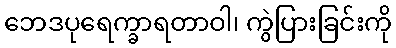
ဘေဒပုရေက္ခာရတာဝါ၊ ကွဲပြားခြင်းကို